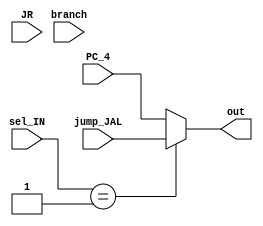
`timescale 1ns / 1ps
//////////////////////////////////////////////////////////////////////////////////
// Company: 
//Christopher Bremser - 33.0%
// Alan Manual Loreto Cornidez - 33.0%
// Haseeb Irfan - 33.0%
// Dependencies: 
// 
// Revision:
// Revision 0.01 - File Created
// Additional Comments:
// 
//////////////////////////////////////////////////////////////////////////////////


module SEL_OP_MUX( jump_JAL, PC_4, branch, JR, out, sel_IN);
input [31:0]jump_JAL;
input [31:0] PC_4; 
input [31:0] branch;
input [31:0] JR; 
input [1:0]sel_IN;


output reg [31:0] out; 

always @(*)begin 

if (sel_IN == 01) begin

    out <= jump_JAL;

end
else if (sel_IN == 10) begin
    out <= branch;
end
else if (sel_IN == 11) begin

    out <= JR;
    
end

else begin
  
  out <= PC_4;

end


end
endmodule